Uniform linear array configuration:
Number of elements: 48
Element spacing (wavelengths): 1
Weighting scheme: blackman
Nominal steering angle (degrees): -30
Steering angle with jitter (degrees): -29.604
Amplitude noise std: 0.05
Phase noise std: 0.05

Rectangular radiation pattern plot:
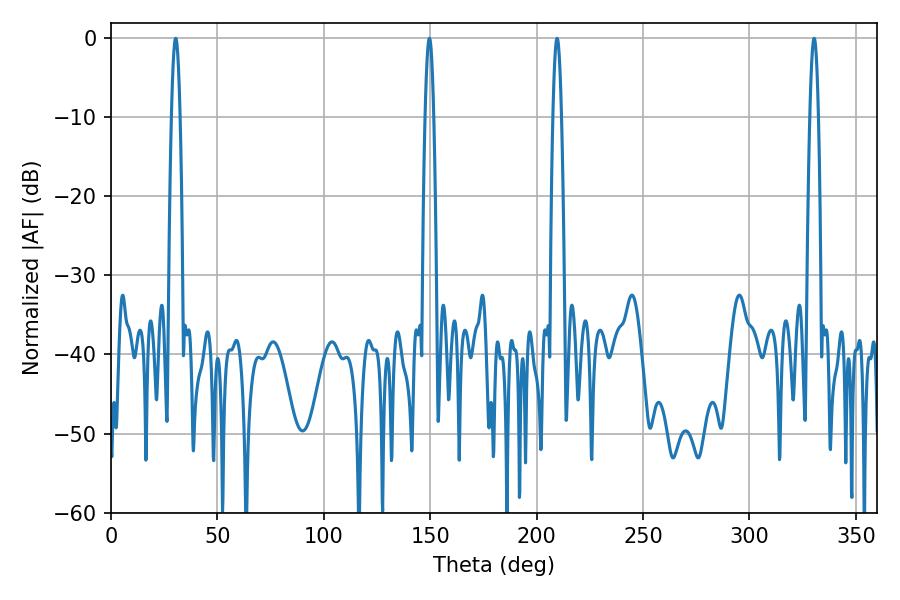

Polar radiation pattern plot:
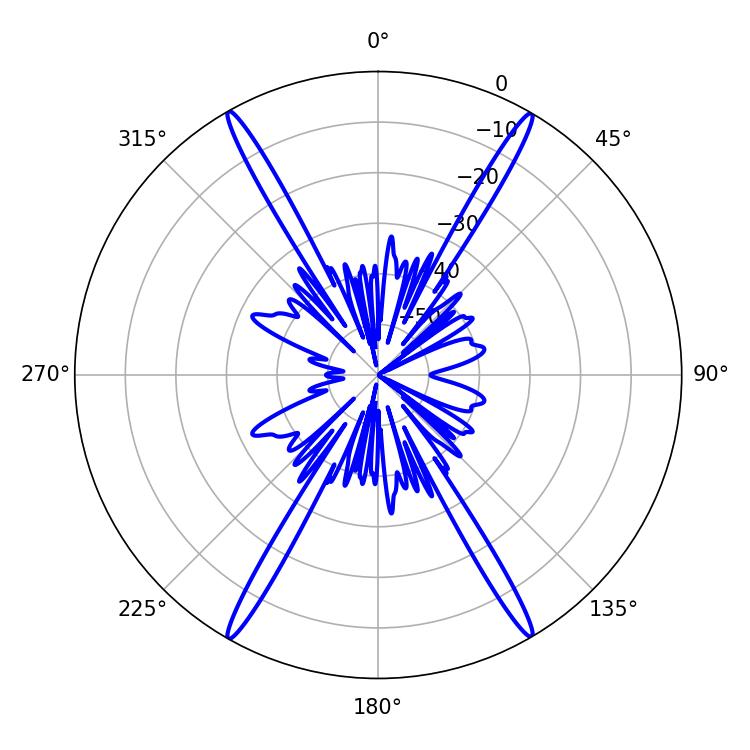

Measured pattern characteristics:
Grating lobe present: TRUE
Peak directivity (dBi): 32.073
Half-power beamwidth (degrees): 2.16
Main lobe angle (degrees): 30.42